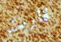
قاربت